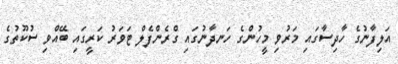
އަލިފާނުގެ ހާދިސާގައި މަރުވި މީހުންގެ ހަނދާނުގައި ގްރެންފެލް ޓަވަރު ކަރީގައި ބޭއްވި ސުކޫތުގެ